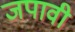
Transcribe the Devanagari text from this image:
जपावी